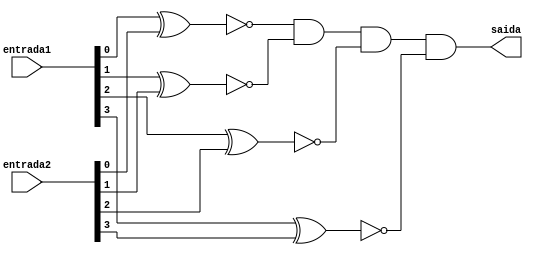
// ------------------------- 
// Exemplo0021 - COMPARADOR
// Nome: Michelle Da Costa Silva 
// ------------------------- 

// ------------------------- 
// igualdade
// ------------------------- 

  module igualdade (output saida, input [3:0]entrada1, input [3:0]entrada2); 

      wire [3:0]s;
		
		xnor XNOR1 (s[0], entrada1[0], entrada2[0]);
		xnor XNOR2 (s[1], entrada1[1], entrada2[1]);
		xnor XNOR3 (s[2], entrada1[2], entrada2[2]);
		xnor XNOR4 (s[3], entrada1[3], entrada2[3]);
		
		and AND1 (saida, s[0], s[1], s[2], s[3]); 

    endmodule // igualdade

// ------------------------- 
// -- test igualdade
// -------------------------
    
	  module test_igualdade; 

// ------------------------- definir dados 
    
	 reg  [3:0] x;
	 reg  [3:0] y;
	 wire s;

// ------------------------- instancia 
	 
     igualdade modulo (s, x, y);
	  
// ------------------------- parte principal 

    initial begin 
    $display("Exemplo0023 - Michelle da Costa Silva - 427448"); 
    $display("Test ALU's comparador para igualdade \n");
	 $display("x == y --->  saida \n");

     #1 x = 4'b0001; y = 4'b0010;
	 $monitor("%4b == %4b ---> %4b", x, y, s);
	  #1 x = 4'b1010; y = 4'b1100;
     #1 x = 4'b1110; y = 4'b1110;
     #1 x = 4'b0100; y = 4'b0011;
     #1 x = 4'b0011;	y = 4'b0101;
	  #1 x = 4'b0000;	y = 4'b1111; 
     #1 x = 4'b1010;	y = 4'b1010;
		
     end 
   endmodule // igualdade